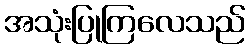
အသုံးပြုကြလေသည်